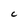
Character: C